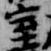
室